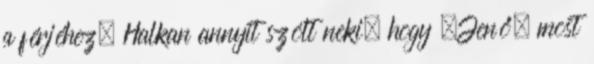
a férjéhez. Halkan annyit szólt neki, hogy „Jenő, most